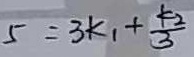
5 = 3 k _ { 1 } + \frac { k _ { 2 } } { 3 }